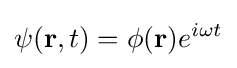
\psi (\mathbf {r} ,t)=\phi (\mathbf {r} )e^{i\omega t}